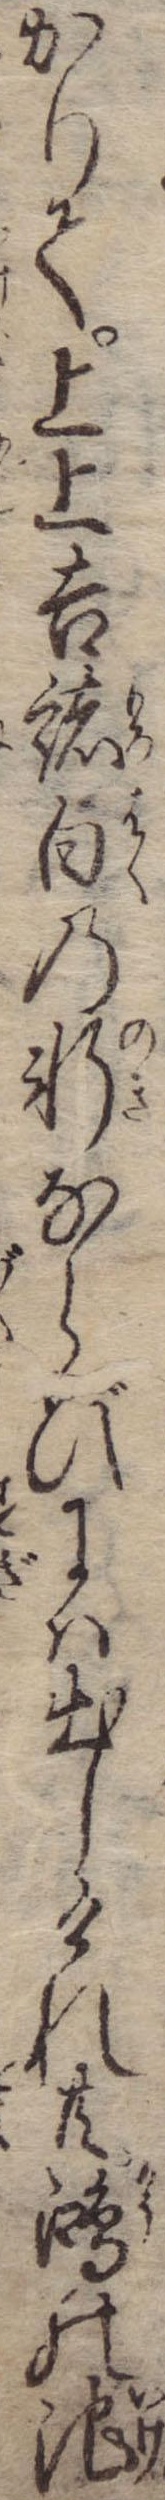
かりて上上吉諸白の軒ならびには出しけれ共鴻の池